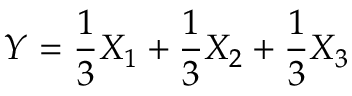
Y = \frac { 1 } { 3 } X _ { 1 } + \frac { 1 } { 3 } X _ { 2 } + \frac { 1 } { 3 } X _ { 3 }